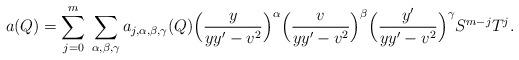
LaTeX: \begin{align*} a(Q)=\sum_{j=0}^m\:\sum_{\alpha,\beta,\gamma}a_{j,\alpha,\beta,\gamma}(Q) \Big(\frac{y}{yy'-v^2}\Big)^\alpha\Big(\frac{v}{yy'-v^2}\Big)^\beta\Big(\frac{y'}{yy'-v^2}\Big)^\gamma S^{m-j}T^j.\end{align*}